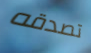
تصدقه